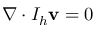
\nabla \cdotp I _ { h } \mathbf { v } = 0